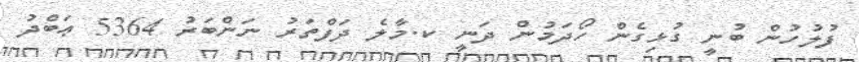
ފުލުހުން ބުނީ ގުޅިގެން ހޯދަމުން ދަނީ ކ.މާލެ ދަފްތަރު ނަންބަރު 5364 ޢަބްދު